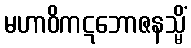
မဟာဝိကဋဘောဇနသ္မိံ